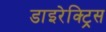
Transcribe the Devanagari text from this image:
डाइरेक्ट्रिस